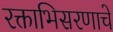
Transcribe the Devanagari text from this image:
रक्ताभिसरणाचे